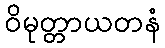
ဝိမုတ္တာယတနံ